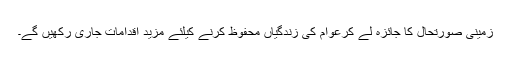
زمینی صورتحال کا جائزہ لے کرعوام کی زندگیاں محفوظ کرنے کیلئے مزید اقدامات جاری رکھیں گے۔